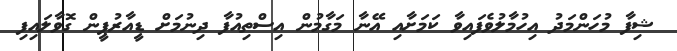
ޝިފާ މުހަންމަދު އިހުމާލުވެފައިވާ ކަމަށާއި އޭނާ މަގާމުން އިސްތިއުފާ ދިނުމަށް ޑީއާރުޕީން ގޮވާލައިފި